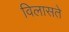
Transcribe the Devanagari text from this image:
विलासते